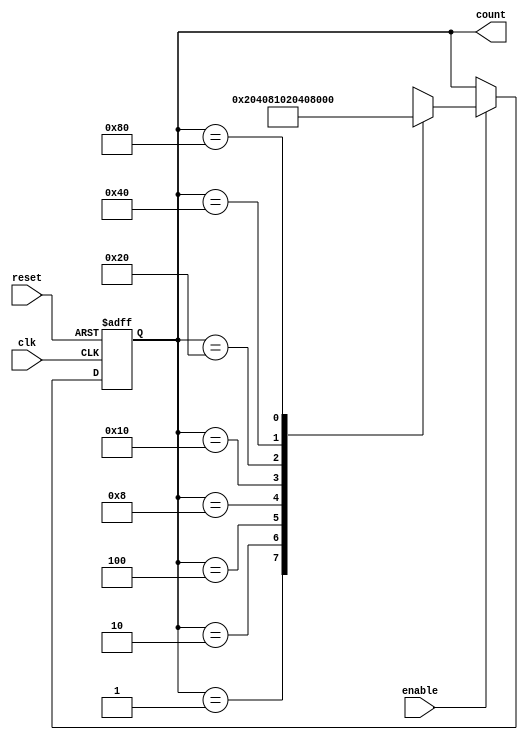
module my_mod(count, enable, clk, reset);
output reg [7:0]count;
input clk, enable, reset;
always@(posedge clk,posedge reset)
begin
if(reset == 1'b1)
count <= 8'b0000_0001;
else if(enable == 1'b1)
  begin
    case(count)
      8'b0000_0001:count<= 8'b0000_0010;
      8'b0000_0010:count<= 8'b0000_0100;
      8'b0000_0100:count<= 8'b0000_1000;
      8'b0000_1000:count<= 8'b0001_0000;
      8'b0001_0000:count<= 8'b0010_0000;
      8'b0010_0000:count<= 8'b0100_0000;
      8'b0100_0000:count<= 8'b1000_0000;
      8'b1000_0000:count<= 8'b0000_0001;
      default: count<= 8'bxxxx_xxxx;
    endcase
  end
end
endmodule